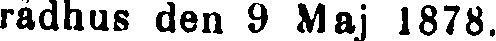
rådhus den 9 Maj 1878.